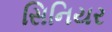
સિનિયર